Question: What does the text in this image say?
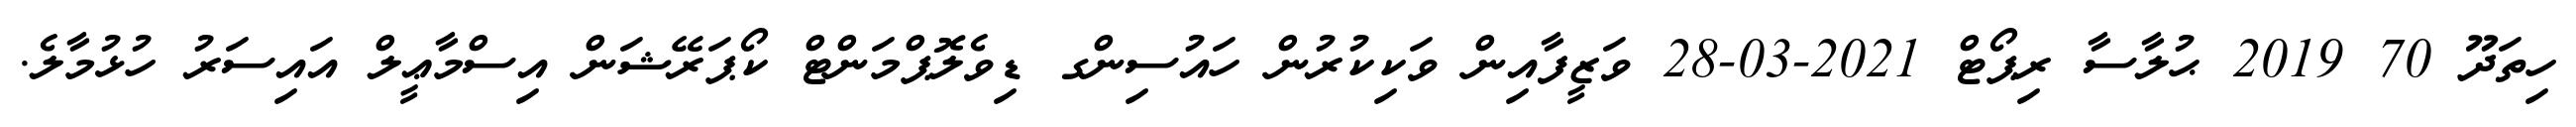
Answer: ހިތަދޫ 70 2019 ޙުލާސާ ރިޕޯޓް 2021-03-28 ވަޒީފާއިން ވަކިކުރުން ހައުސިންގ ޑިވެލޮޕްމަންޓް ކޯޕަރޭޝަން އިސްމާޢީލް އައިސަރު ހުޅުމާލެ.